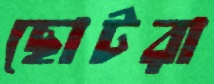
ছোটরা